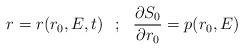
LaTeX: \begin{align*}r = r(r_0,E,t) \: \: \: ; \: \: \: \frac{\partial S_0}{\partial r_0} =p(r_0, E)\end{align*}